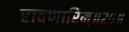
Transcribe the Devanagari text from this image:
रावणारिम्‌॥२६॥